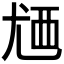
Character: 𬡸